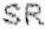
SR